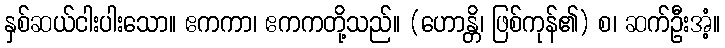
နှစ်ဆယ်ငါးပါးသော။ ဧကကာ၊ ဧကကတို့သည်။ (ဟောန္တိ၊ ဖြစ်ကုန်၏) စ၊ ဆက်ဦးအံ့။